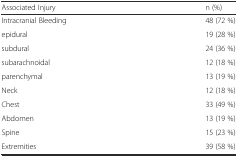
<table><thead><tr><td><b>Associated Injury</b></td><td><b>n (%)</b></td></tr></thead><tbody><tr><td>Intracranial Bleeding</td><td>48 (72 %)</td></tr><tr><td>epidural</td><td>19 (28 %)</td></tr><tr><td>subdural</td><td>24 (36 %)</td></tr><tr><td>subarachnoidal</td><td>12 (18 %)</td></tr><tr><td>parenchymal</td><td>13 (19 %)</td></tr><tr><td>Neck</td><td>12 (18 %)</td></tr><tr><td>Chest</td><td>33 (49 %)</td></tr><tr><td>Abdomen</td><td>13 (19 %)</td></tr><tr><td>Spine</td><td>15 (23 %)</td></tr><tr><td>Extremities</td><td>39 (58 %)</td></tr></tbody></table>